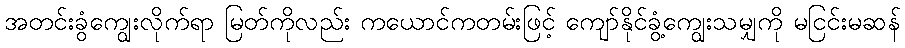
အတင်းခွံကျွေးလိုက်ရာ မြတ်ကိုလည်း ကယောင်ကတမ်းဖြင့် ကျော်နိုင်ခွံ့ကျွေးသမျှကို မငြင်းမဆန်